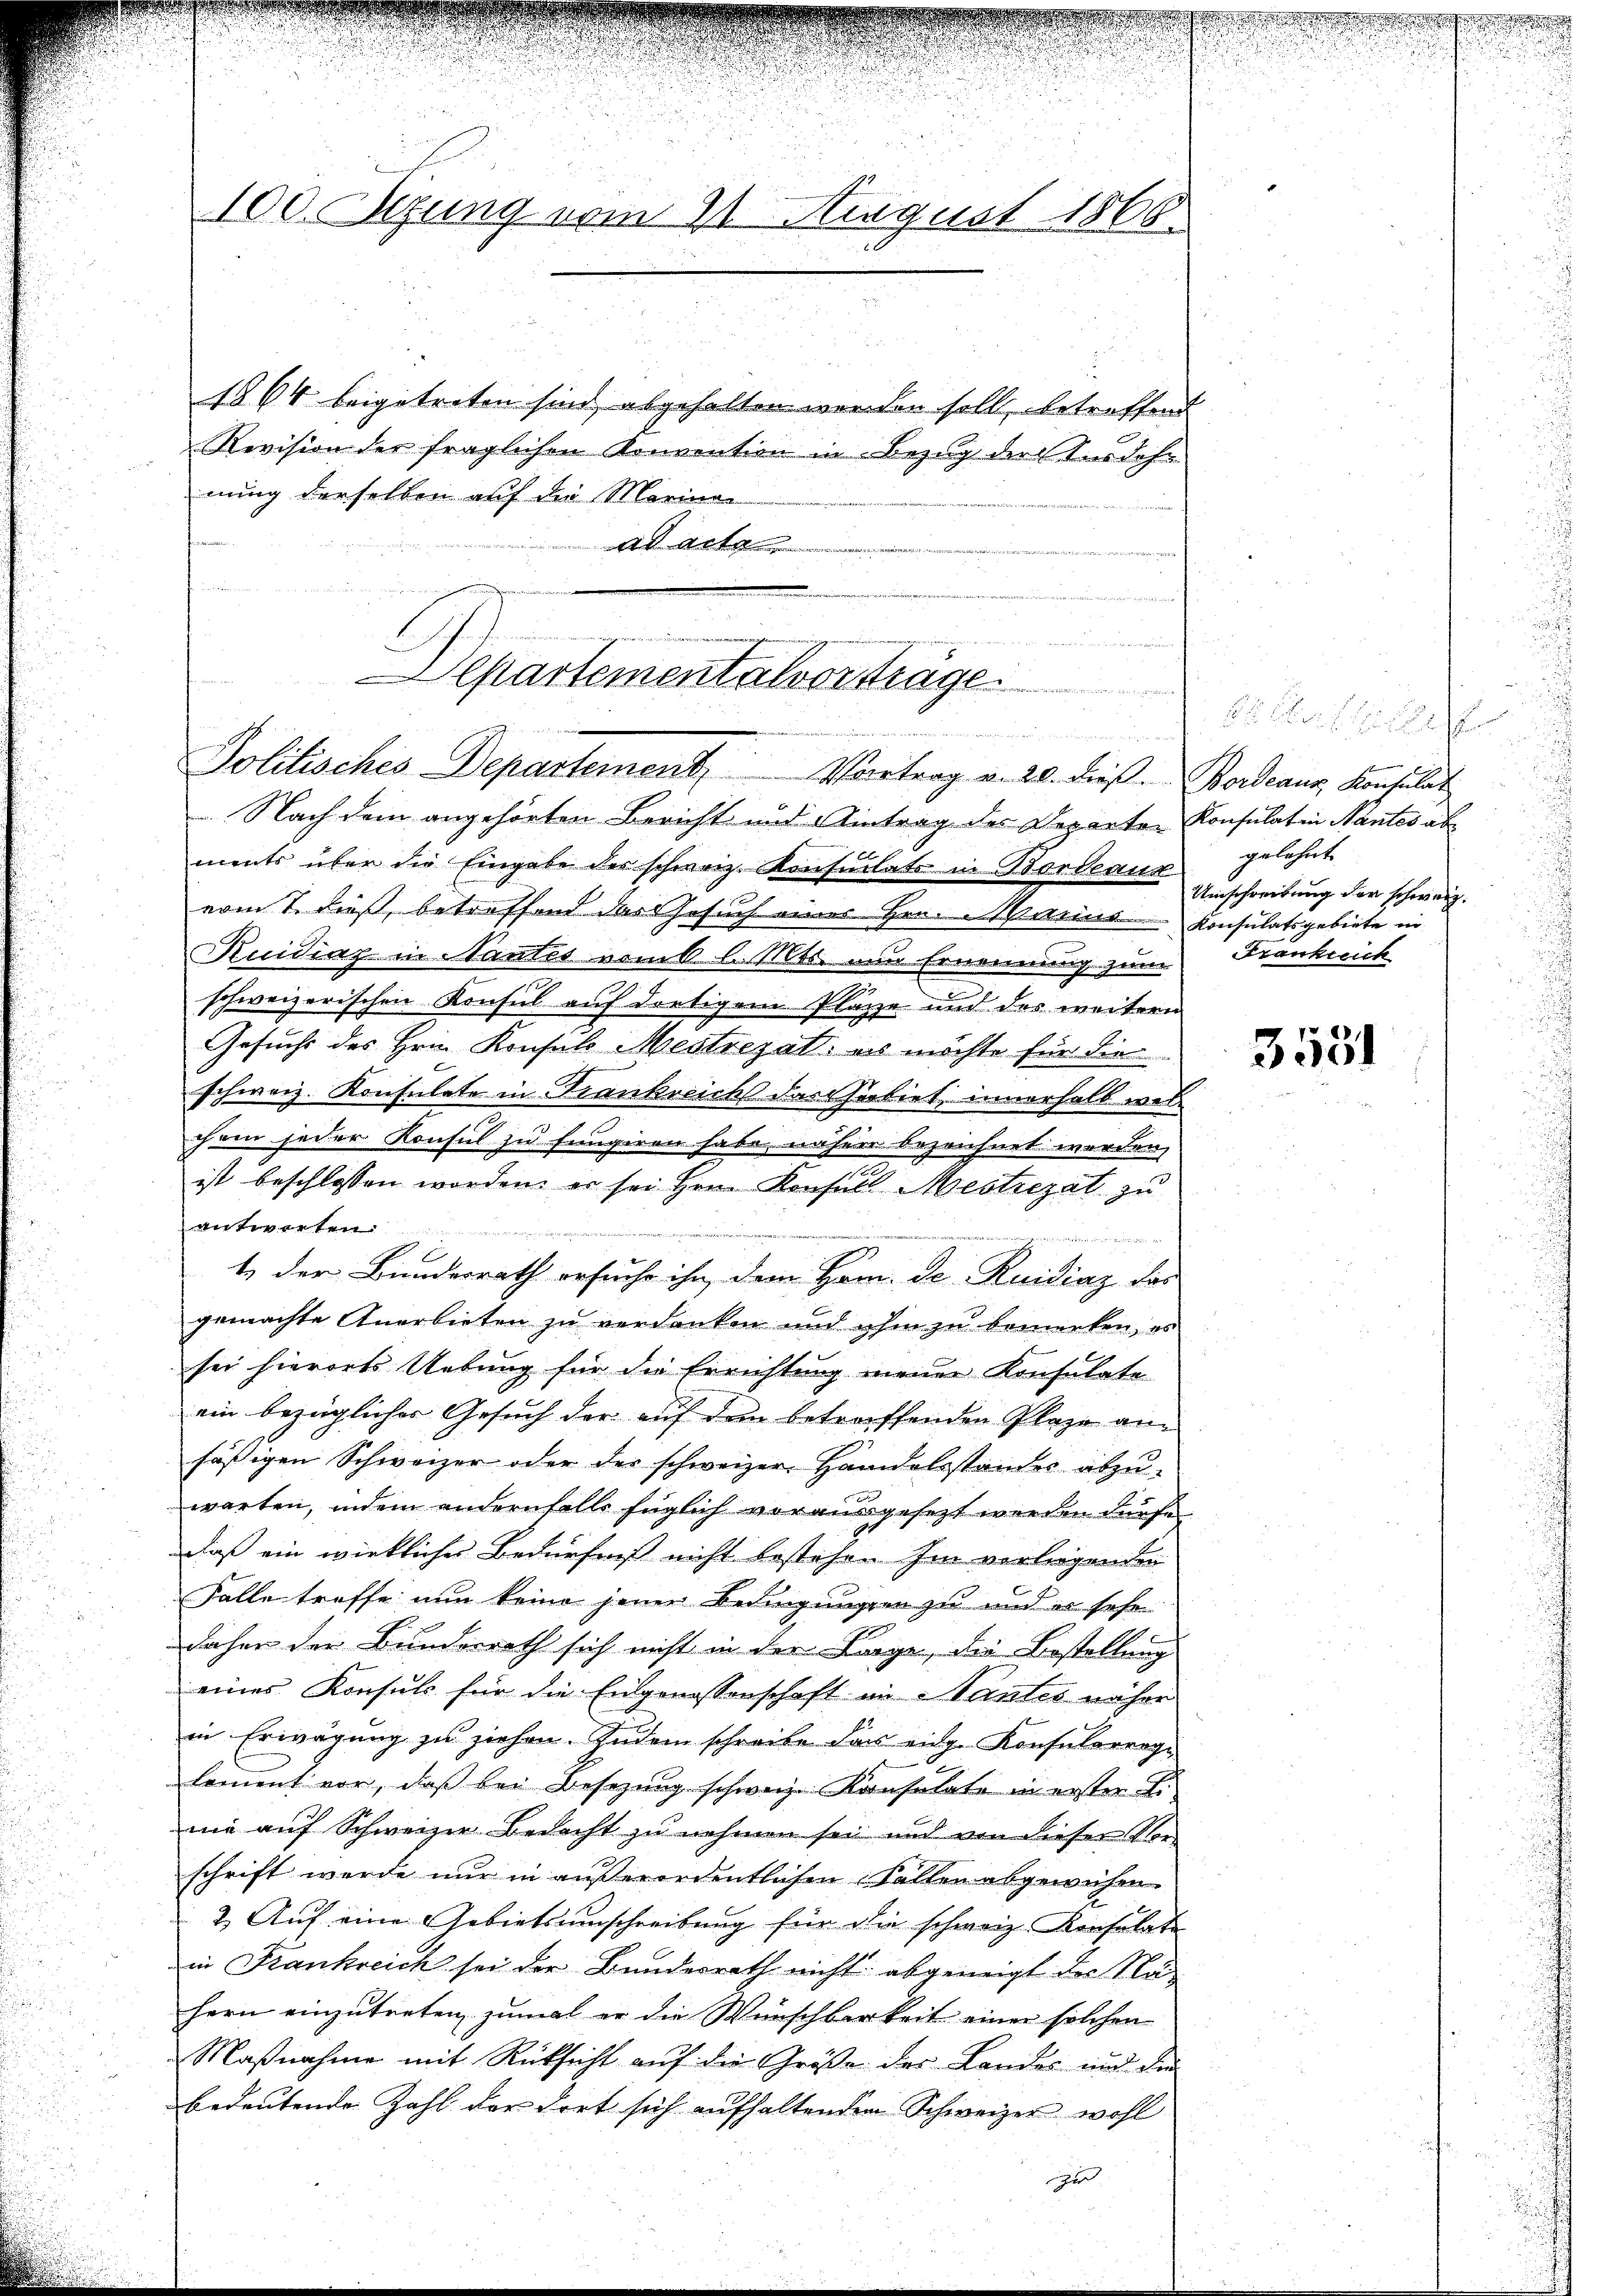
100. Setzung vom 21. August 1868

1864 beigetreten sind abgehalten werden soll, betreffend
Revision der fraglichen Konvention in Bezug der Ausdehn
nung derselben auf die Marinai
f
as alte

Separtementalvorträge
n
egen sei in der Bungenommen in der ein wer
Politisches Departement, Vortrag v. 20. dieß. Bordeaur, Konsulat

Nach dem angehörten Bericht und intrag des Departer Konsulat in Nantes abments über die Eingabe des schweiz. Konsulats in Bordeaux
vom 7. dieß, betreffend das Gesuch eines Hrn. Marius Konsulatsgebiete in
Kuidinz in Nantes vom 6 l. Mts. nun Ernennung zum Frankreich
schweizerischen Konsul auf dortigem Platze und der weitern
Gesuchs des Hrn. Konsuls Mestrezat es möchte für die
schweiz. Konsulate in Frankreichs das Gebiet, innerhalb welihren jeder Konsul zu fungiren habe, nähere bezeichnet werden,
ist beschlossen worden, er sei Hrn. Konfull Mestrezat zu
antworten.

E
t der Bundesrath ersuche ihn dem Hern. De Ruidiaz das
gemachte Anerbieten zu verdanken und ihm zu bemerken, es
sei hierorts Uebung für die Errichtung meiner Konsulate
ein bezüglicher Gesuch der auf dem betreffenden Plage anhässigen Schweizer oder der schweizer. Handelsstandes abzuwarten, indem andernfalls füglich vorausgesezt werden dürfdaß ein wirklicher Bedürfnis nicht bestehen hin verlegenden
Falle treffe nun keine jenen Bedingungen zu und es sehe
daher der Bundesrath sich nicht in der Lage, die Bestellung
eines Konsuls für die Eidgenossenschaft in Nantes näher
in Erwägung zu ziehen. Zudem schreibe dass eidg. Konsularrege
loment vor, daß bei Besetzung schweiz. Konsulate in erster L.
nie auf Schweizer Bedacht zu nehmen sei und von dieser Vor-
schrift werde nur in außerordentlichen Fallen abgewichen.
2.) Auf eine Gebietsumschreibung für die schweiz. Konsulate
in Frankreich sei der Bundesrath nicht abgeneigt der Nähern einzutreten, zumal er die Wünschbarkeit einer solchen
Maßnahme mit Rücksicht auf die Größe der Landes und die
bedeutende Zahl der dort sich aufhaltenden Schweizer wohl
ge

f
gelehnt
Umschreibung der schweiz.

3551

2